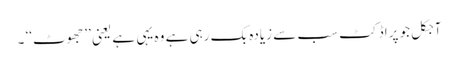
آجکل جو پراڈکٹ سب سے زیادہ بک رہی ہے وہ یہی ہے یعنی ’’جھوٹ‘‘ ۔